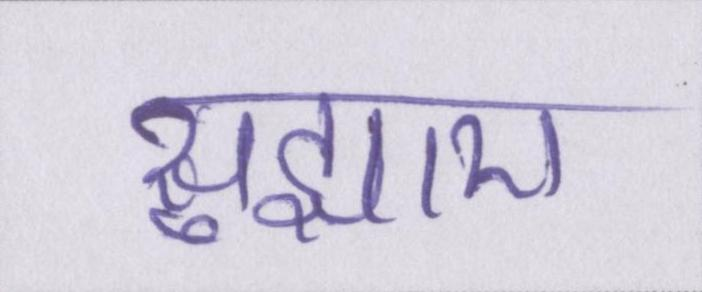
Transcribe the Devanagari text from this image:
सुझाए